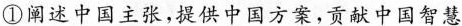
①阐述中国主张，提供中国方案，贡献中国智慧